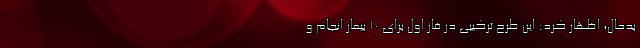
بدحال، اظهار کرد: این طرح ترکیبی در فاز اول برای ۱۰ بیمار انجام و